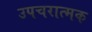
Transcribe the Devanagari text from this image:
उपचरात्मक